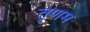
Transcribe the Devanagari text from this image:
तृणम